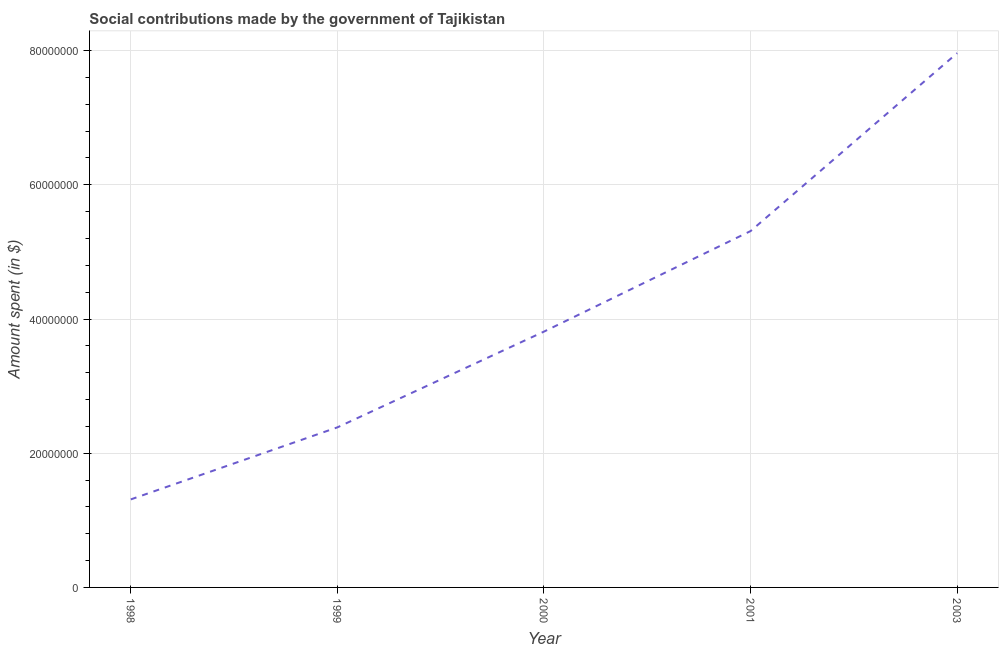
| Year | Social contributions |
 | --- | --- |
 | 1998 | 1.31e+07 |
 | 1999 | 2.39e+07 |
 | 2000 | 3.81e+07 |
 | 2001 | 5.31e+07 |
 | 2003 | 7.96e+07 |